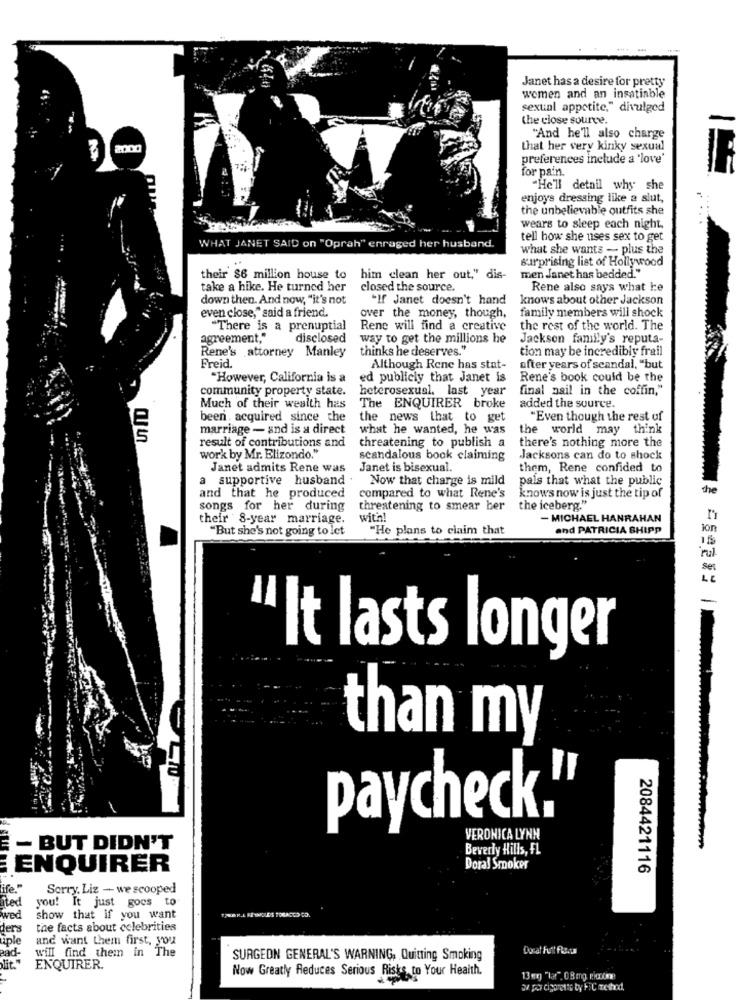
Janet has a desire for pretty
women and an insatiable
sexual appetite," divulged
the close source.
"And he'll also charge
that her very kinky sexuul
preferences include a 'love'
for pain.
"He'll detail why she
enjoys dressing like a slut,
the unbelievable outfits she
wears to sleep each night.
tell how she uses sex to get
WHAT JANET SAID on "Oprah" enraged her husband.
what she wants - plus the
surprising list of Hollywood
their $6 million house to
him clean her out," dis-
men Janet has bedded."
take a hike. He turned her
closed the source.
Rene also says what he
down then. And now, "it's not
"If Janet doesn't hand
knows about other Jackson
even close," said a friend.
family members will shock
over the money, though,
"There is a prenuptial
Rene will find a creative
the rest of the world. The
agreement,"
disclosed
way to get the millions he
Jackson familly's reputa-
thinks he deserves."
tion may be incredibly frail
Rene's attorney Manley
Preid.
Although Rene has stat-
after years of scandal, "but
"However, California is a
ed publicly that Janet is
Rene's book could be the
community property state.
heterosexual. last year
final nail in the coffin,"
Much of their wealth has
The ENQUIRER broke
added the source.
e
been acquired since the
the news that to get
"Even though the rest of
marriage - and is a direct
what he wanted, he was
the world may think
S
result of contributions and
threatening to publish a
there's nothing more the
work by Mr. Elizondo."
scandalous book claiming
Jacksons can do to shock
Janet admits Rene was
Janet is bisexual.
them, Rene confided to
a supportive husband
Now that charge is mild
pals that what the public
compared to what Rene's
the
and that he produced
knows now is just the tip of
songs for her during
threatening to smear ber
the iceberg."
their 8-year marriage.
with!
- MICHAEL HANRAHAN
"But she's not going to let
"He plans to claim that
and PATRICIA SHIPP
ion
15
'rul
Set
LE
-
"It lasts longer
than my
paycheck.
VERONICA LYNN
- BUT DIDN'T
Beverly Hills, FL
ENQUIRER
Doral Smoker
2084421116
ife."
Sorry, Liz - we scooped
you! It just goes to
ated
wed
show that if you want
ders
the facts about celebrities
iple
and want them first, you
pad-
Will find them in The
Docat Full Face
SURGEON GENERAL'S WARNING, Quitting Smoking
ENQUIRER.
Now Greatly Reduces Serious Risks to Your Health.
13m "lar". 08mg Picone
an por cigarette by PIC method,